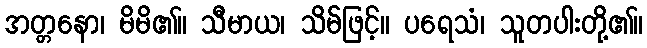
အတ္တနော၊ မိမိ၏။ သီမာယ၊ သိမ်ဖြင့်။ ပရေသံ၊ သူတပါးတို့၏။